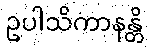
ဥပါသိကာနန္တိ